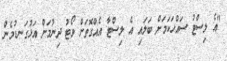
"އެ ލިސްޓު ސައްހަކަމަށް ބަލައި އެ ލިސްޓާ އެއްގޮތަށް ވޯޓު ދިނުމަށް އަޅުގަނޑުމެން